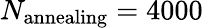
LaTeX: N_{\mathrm{annealing}}=4000